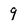
Character: 9